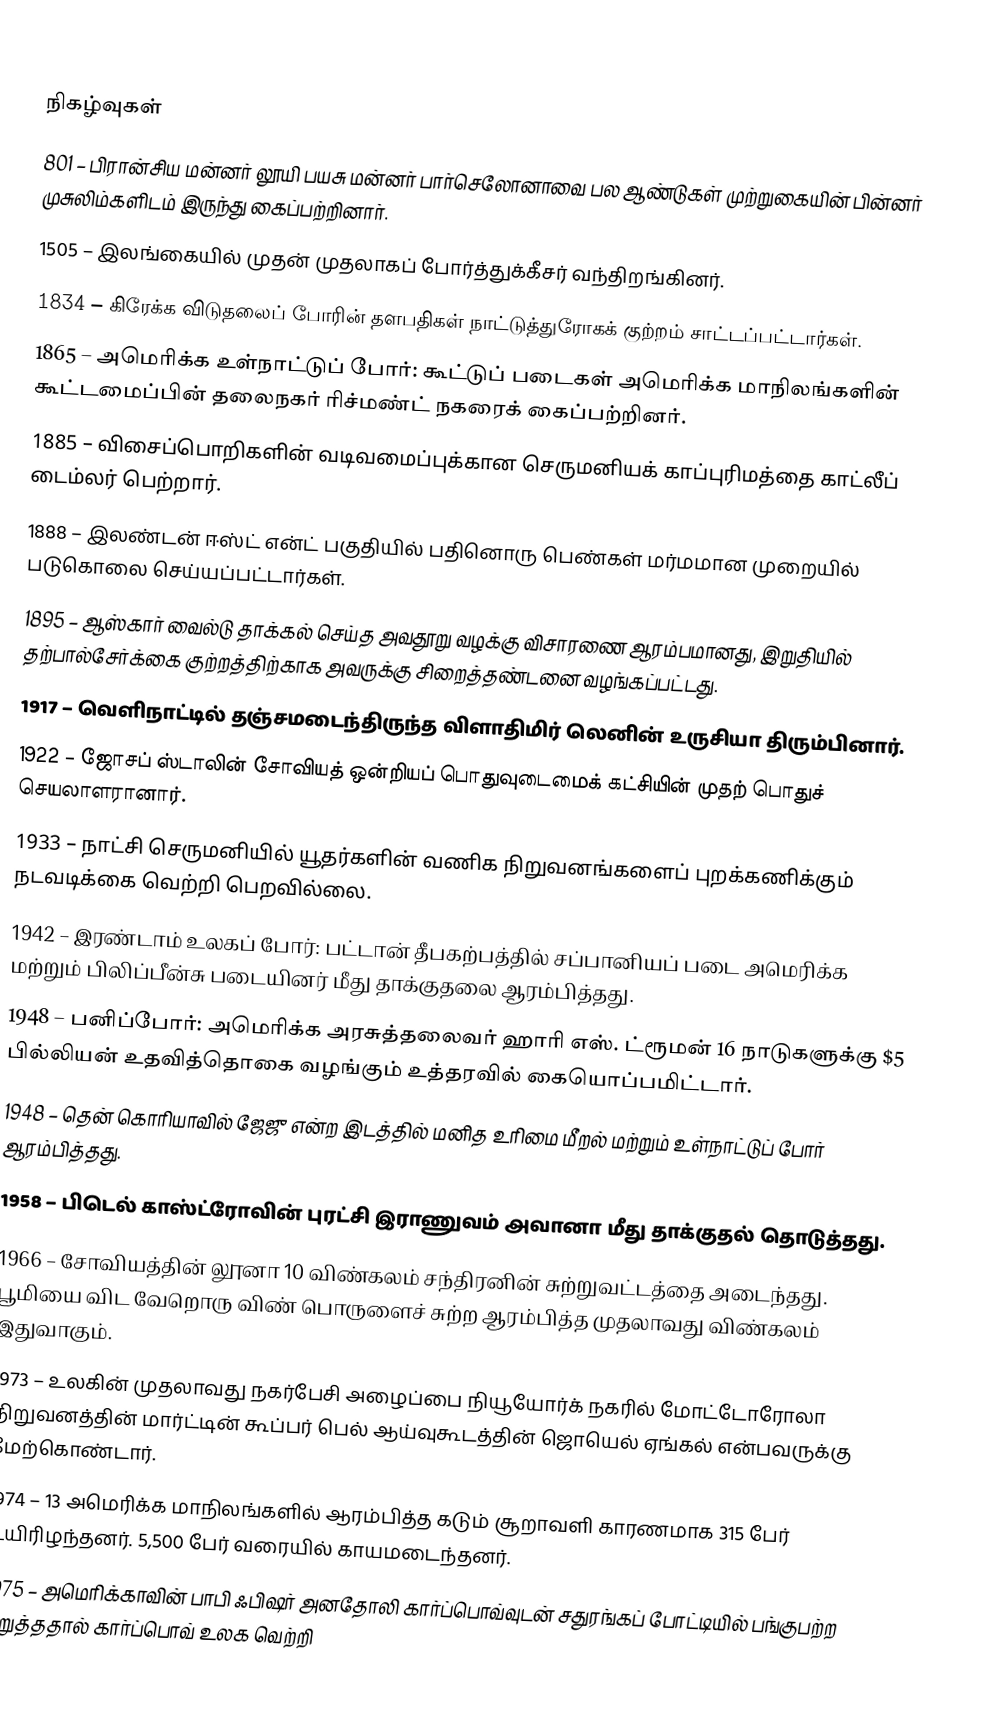

நிகழ்வுகள்
 801 – பிரான்சிய மன்னர் லூயி பயசு மன்னர் பார்செலோனாவை பல ஆண்டுகள் முற்றுகையின் பின்னர் முசுலிம்களிடம் இருந்து கைப்பற்றினார்.
1505 – இலங்கையில் முதன் முதலாகப் போர்த்துக்கீசர் வந்திறங்கினர்.
1834 – கிரேக்க விடுதலைப் போரின் தளபதிகள் நாட்டுத்துரோகக் குற்றம் சாட்டப்பட்டார்கள்.
1865 – அமெரிக்க உள்நாட்டுப் போர்: கூட்டுப் படைகள் அமெரிக்க மாநிலங்களின் கூட்டமைப்பின் தலைநகர் ரிச்மண்ட் நகரைக் கைப்பற்றினர்.
1885 – விசைப்பொறிகளின் வடிவமைப்புக்கான செருமனியக் காப்புரிமத்தை காட்லீப் டைம்லர் பெற்றார்.
1888 – இலண்டன் ஈஸ்ட் என்ட் பகுதியில் பதினொரு பெண்கள் மர்மமான முறையில் படுகொலை செய்யப்பட்டார்கள்.
1895 – ஆஸ்கார் வைல்டு தாக்கல் செய்த அவதூறு வழக்கு விசாரணை ஆரம்பமானது, இறுதியில் தற்பால்சேர்க்கை குற்றத்திற்காக அவருக்கு சிறைத்தண்டனை வழங்கப்பட்டது.
1917 – வெளிநாட்டில் தஞ்சமடைந்திருந்த விளாதிமிர் லெனின் உருசியா திரும்பினார்.
1922 – ஜோசப் ஸ்டாலின் சோவியத் ஒன்றியப் பொதுவுடைமைக் கட்சியின் முதற் பொதுச் செயலாளரானார்.
1933 – நாட்சி செருமனியில் யூதர்களின் வணிக நிறுவனங்களைப் புறக்கணிக்கும் நடவடிக்கை வெற்றி பெறவில்லை.
1942 – இரண்டாம் உலகப் போர்: பட்டான் தீபகற்பத்தில் சப்பானியப் படை அமெரிக்க மற்றும் பிலிப்பீன்சு படையினர் மீது தாக்குதலை ஆரம்பித்தது.
1948 – பனிப்போர்: அமெரிக்க அரசுத்தலைவர் ஹாரி எஸ். ட்ரூமன் 16 நாடுகளுக்கு $5 பில்லியன் உதவித்தொகை வழங்கும் உத்தரவில் கையொப்பமிட்டார்.
1948 – தென் கொரியாவில் ஜேஜு என்ற இடத்தில் மனித உரிமை மீறல் மற்றும் உள்நாட்டுப் போர் ஆரம்பித்தது.
1958 – பிடெல் காஸ்ட்ரோவின் புரட்சி இராணுவம் அவானா மீது தாக்குதல் தொடுத்தது.
1966 – சோவியத்தின் லூனா 10 விண்கலம் சந்திரனின் சுற்றுவட்டத்தை அடைந்தது. பூமியை விட வேறொரு விண் பொருளைச் சுற்ற ஆரம்பித்த முதலாவது விண்கலம் இதுவாகும்.
1973 – உலகின் முதலாவது நகர்பேசி அழைப்பை நியூயோர்க் நகரில் மோட்டோரோலா நிறுவனத்தின் மார்ட்டின் கூப்பர் பெல் ஆய்வுகூடத்தின் ஜொயெல் ஏங்கல் என்பவருக்கு மேற்கொண்டார்.
1974 – 13 அமெரிக்க மாநிலங்களில் ஆரம்பித்த கடும் சூறாவளி காரணமாக 315 பேர் உயிரிழந்தனர். 5,500 பேர் வரையில் காயமடைந்தனர்.
1975 – அமெரிக்காவின் பாபி ஃபிஷர் அனதோலி கார்ப்பொவ்வுடன் சதுரங்கப் போட்டியில் பங்குபற்ற மறுத்ததால் கார்ப்பொவ் உலக வெற்றி